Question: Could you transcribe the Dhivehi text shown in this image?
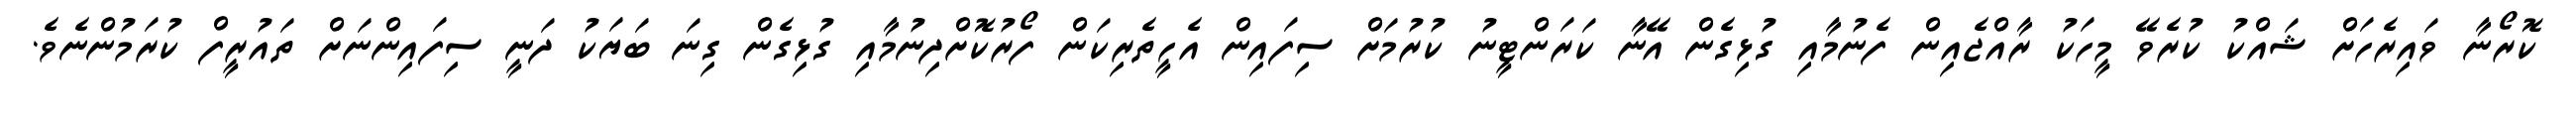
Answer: ކޮރޯނާ ވައިރެހަށް ޝައްކު ކުރެވޭ މީހަކު ރާއްޖެއިން ފެނުމާއި ގުޅިގެން އޭނާ ކަރަންޓީނު ކުރުމަށް ސިފައިން އެހީތެރިކަން ފޯރުކޮށްދިނުމާއި ގުޅިގެން ގިނަ ބަޔަކު ދަނީ ސިފައިންނަށް ތައުރީފް ކުރަމުންނެވެ.